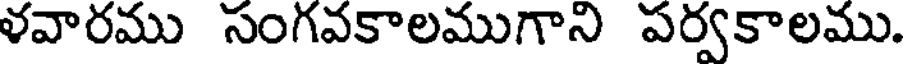
ళవారము సంగవకాలముగాని పర్వకాలము.